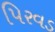
પિરવડ